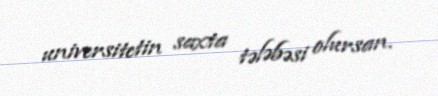
universitetin saxta tələbəsi olursan.